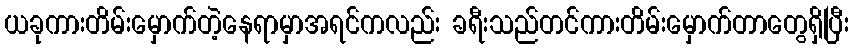
ယခုကားတိမ်းမှောက်တဲ့နေရာမှာအရင်ကလည်း ခရီးသည်တင်ကားတိမ်းမှောက်တာတွေရှိပြီး